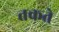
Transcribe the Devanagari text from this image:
तकते